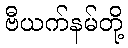
ဗီယက်နမ်တို့